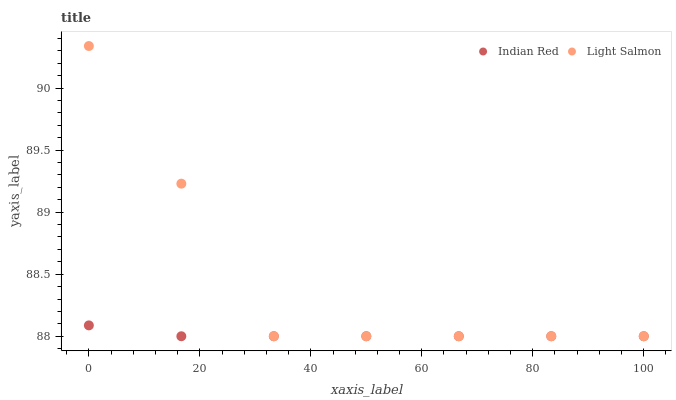
| xaxis_label | Indian Red | Light Salmon |
 | --- | --- | --- |
 | 0 | 88.1 | 90.3 |
 | 16.7 | 88 | 89.2 |
 | 33.3 | 88 | 88 |
 | 50 | 88 | 88 |
 | 66.7 | 88 | 88 |
 | 83.3 | 88 | 88 |
 | 100 | 88 | 88 |